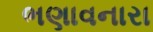
ભણાવનારા